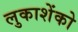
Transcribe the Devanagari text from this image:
लुकाशेंको